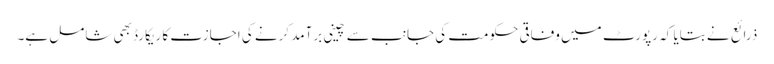
ذرائع نے بتایا کہ رپورٹ میں وفاقی حکومت کی جانب سے چینی برآمد کرنے کی اجازت کا ریکارڈ بھی شامل ہے۔